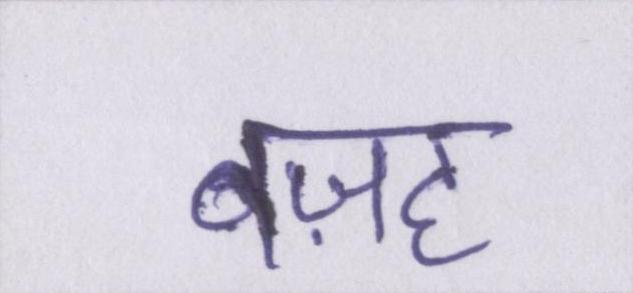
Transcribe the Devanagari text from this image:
वज़ह